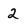
Character: 2